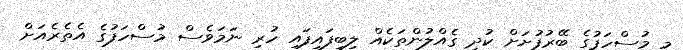
މި މުސްހަފުގެ ބޭރުފުށަށް ކުދި ގެއްލުންތަކެއް ލިބިފައިފައި ހުރި ނަމަވެސް މުސްހަފުގެ އެތެރެއަށް